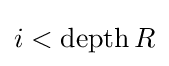
i<\operatorname {depth} R